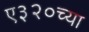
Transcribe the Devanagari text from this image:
ए३२०च्या